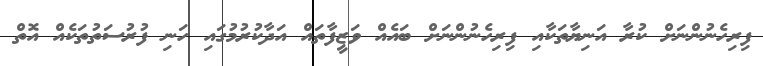
ފިރިހެނުންނަށް ކުރާ އަނިޔާތަކާއި ފިރިހެނުންނަށް ބައެއް ވަޒީފާތައް އަދާކުރުމުގައި ހަނި ފުރުސަތުތަކެއް އޮތް